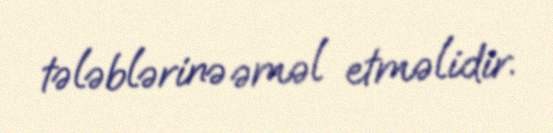
tələblərinə əməl etməlidir.